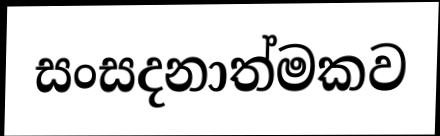
සංසදනාත්මකව